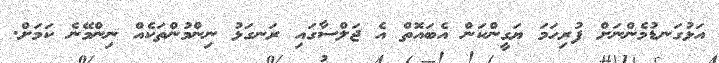
އަޅުގަނޑުމެންނަށް ފުރިހަމަ ޔަގީންކަން އެބައޮތް އެ ޖަލްސާގައި ރަނގަޅު ނިންމުންތަކެއް ނިންމޭނެ ކަމަށް.